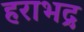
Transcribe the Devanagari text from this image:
हराभद्र